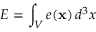
E = \int _ { V } e ( { \bf x } ) \, d ^ { 3 } x